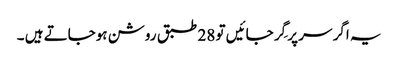
یہ اگر سر پر گِر جائیں تو 28 طبق روشن ہوجاتے ہیں ۔